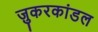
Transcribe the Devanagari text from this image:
ज़ुकरकांडल